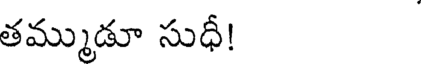
తమ్ముడూ సుధీ!